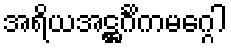
အရိယအဋ္ဌင်္ဂိကမဂ္ဂေါ